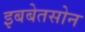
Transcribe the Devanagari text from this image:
इबबेतसोन